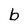
Character: b